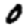
Digit: 0